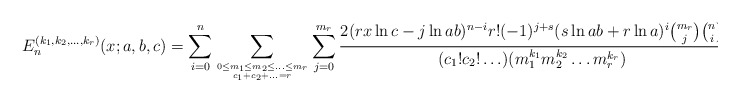
\begin{align*}{E}^{(k_1,k_2,\ldots, k_r)}_n(x;a,b,c)=\sum_{i=0}^n\sum_{ 0\le m_1\le m_2\le\ldots\le m_r \atop c_1+c_2+\ldots=r}\sum_{j=0}^{m_r}\frac{2(rx\ln c-j\ln ab)^{n-i}r!(-1)^{j+s}(s\ln ab+r\ln a)^i\binom{m_r}{j}\binom{n}{i}}{(c_1!c_2!\ldots)(m_1^{k_1} m_2^{k_2}\ldots m_r^{k_r})},\end{align*}